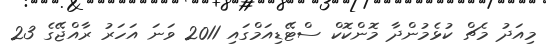
މިއަދު މެޗް ކުޅެމުންދާ މޮންކޮކް ސްޓޭޑިއަމްގައި 2011 ވަނަ އަހަރު ރާއްޖޭގެ 23